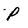
Character: P